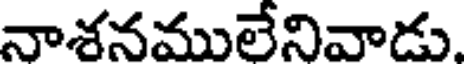
నాశనములేనివాడు.